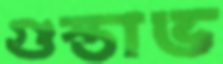
গুস্তাভ